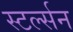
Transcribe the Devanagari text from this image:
स्टर्ल्सन